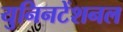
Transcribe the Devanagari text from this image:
युनिनटेंशनल